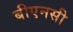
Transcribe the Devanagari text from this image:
बीएनसी